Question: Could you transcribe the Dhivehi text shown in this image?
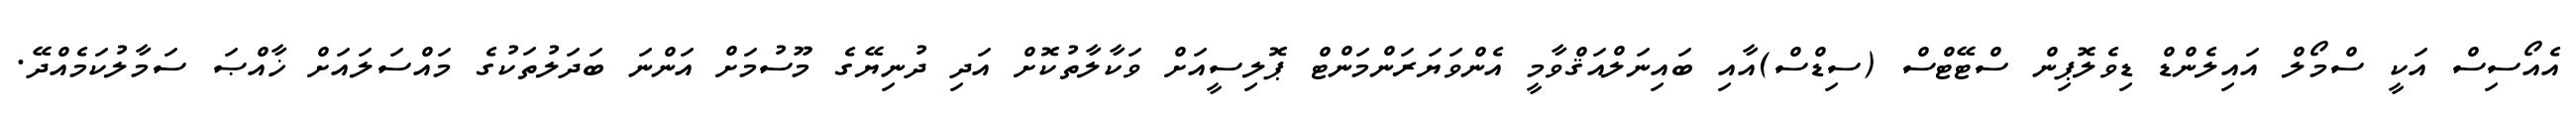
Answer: އެއޯސިސް އަކީ ސްމޯލް އައިލެންޑް ޑިވެލޮޕިން ސްޓޭޓްސް (ސިޑްސް)އާއި ބައިނަލްއަޤްވާމީ އެންވަޔަރަންމަންޓް ޕޮލިސީއަށް ވަކާލާތުކޮށް އަދި ދުނިޔޭގެ މޫސުމަށް އަންނަ ބަދަލުތަކުގެ މައްސަލައަށް ޚާއްޞަ ސަމާލުކަމެއްދޭ.